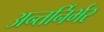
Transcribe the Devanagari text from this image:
अन्तर्निर्भर